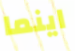
اينما